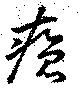
瘡